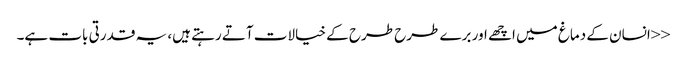
<<انسان کے دماغ میں اچھے اور برے طرح طرح کے خیالات آتے رہتے ہیں، یہ قدرتی بات ہے۔